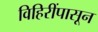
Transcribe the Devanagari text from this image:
विहिरींपासून